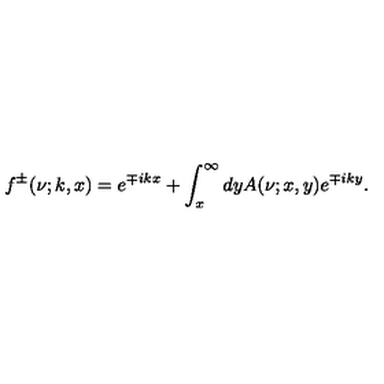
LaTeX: f ^ { \pm } ( \nu ; k , x ) = e ^ { \mp i k x } + \int _ { x } ^ { \infty } d y A ( \nu ; x , y ) e ^ { \mp i k y } .